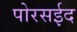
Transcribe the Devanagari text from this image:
पोरसईद